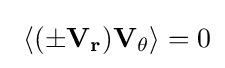
~\langle \mathbf {(\pm V_{r})V_{\theta }} \rangle =0